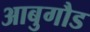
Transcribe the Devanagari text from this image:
आबुगौड